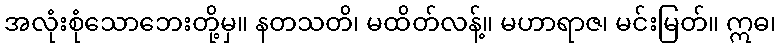
အလုံးစုံသောဘေးတို့မှ။ နတသတိ၊ မထိတ်လန့်။ မဟာရာဇ၊ မင်းမြတ်။ ဣဓ၊